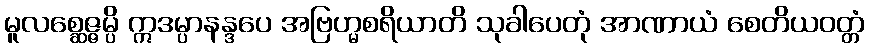
မူလစ္ဆေဇ္ဇမ္ပိ ဣဒမ္ပာနန္ဒပေ အဗြဟ္မစရိယာတိ သုခါပေတုံ အာဏာယံ စေတိယဝတ္တံ